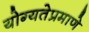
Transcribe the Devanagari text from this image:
योग्यतेप्रमाणे